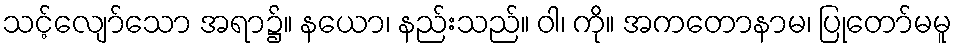
သင့်လျော်သော အရာ၌။ နယော၊ နည်းသည်။ ဝါ၊ ကို။ အကတောနာမ၊ ပြုတော်မမူ